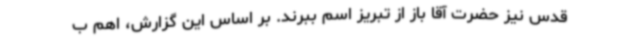
قدس نیز حضرت آقا باز از تبریز اسم ببرند. بر اساس این گزارش، اهم ب